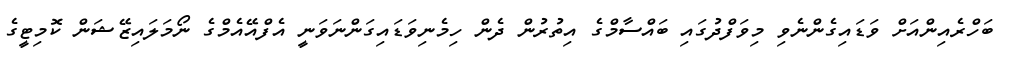
ބަހްރެއިންއަށް ވަޑައިގެންނެވި މިވަފްދުގައި ބައްސާމްގެ އިތުރުން ދެން ހިމެނިވަޑައިގަންނަވަނީ އެފްއޭއެމްގެ ނޯމަލައިޒޭޝަން ކޮމިޓީގެ